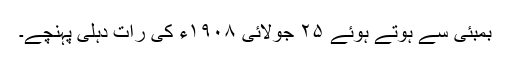
بمبئی سے ہوتے ہوئے ٢۵ جولائی ١٩٠٨ء کی رات دہلی پہنچے۔